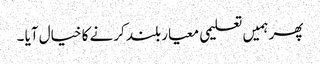
پھر ہمیں تعلیمی معیار بلند کرنے کا خیال آیا ۔